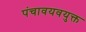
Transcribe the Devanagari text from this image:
पंचावयवयुक्त